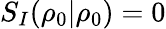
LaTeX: S_{I}(\rho_{0}|\rho_{0})=0